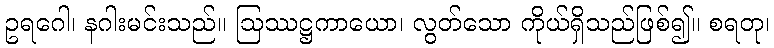
ဥရဂေါ၊ နဂါးမင်းသည်။ ဩဿဋ္ဌကာယော၊ လွတ်သော ကိုယ်ရှိသည်ဖြစ်၍။ စရတု၊